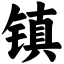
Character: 镇